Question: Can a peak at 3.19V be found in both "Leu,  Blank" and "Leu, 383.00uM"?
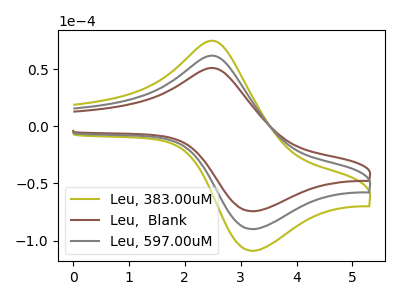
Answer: <think>The olive curve "Leu, 383.00uM" has an anodic peak at (2.55V, 123.05uA) and a cathodic peak at (3.20V, -179.90uA). The brown curve "Leu,  Blank" has an anodic peak at (2.55V, 50.80uA) and a cathodic peak at (3.20V, -74.30uA). The gray curve "Leu, 597.00uM" has an anodic peak at (2.55V, 61.50uA) and a cathodic peak at (3.20V, -89.95uA).</think>
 <answer>Yes, "Leu,  Blank" and "Leu, 383.00uM" share a peak at 3.19V.</answer>
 <eval>match</eval>